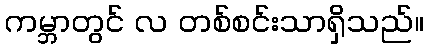
ကမ္ဘာတွင် လ တစ်စင်းသာရှိသည်။